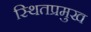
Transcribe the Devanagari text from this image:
स्थितप्रमुख